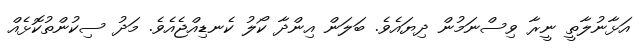
އަޅާނުލާތީ ނީރާ ވިސްނަމުން ދިޔައެވެ. ބަލަން އިންދާ ކޯލު ކެނޑިއްޖެއެވެ. މަދު ސިކުންތުކޮޅެއް